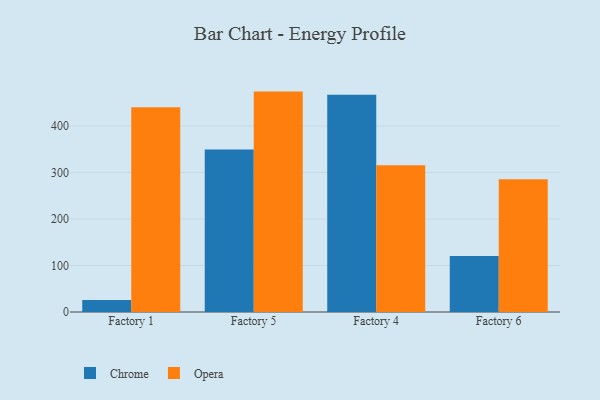
{"axis": {"x": "Factory", "y": "Population (Million)"}, "legend": ["Chrome", "Opera"], "data": [{"x": "Factory 1", "y": 26.0, "type": "Chrome"}, {"x": "Factory 1", "y": 440.1, "type": "Opera"}, {"x": "Factory 5", "y": 349.7, "type": "Chrome"}, {"x": "Factory 5", "y": 474.0, "type": "Opera"}, {"x": "Factory 4", "y": 467.0, "type": "Chrome"}, {"x": "Factory 4", "y": 315.7, "type": "Opera"}, {"x": "Factory 6", "y": 120.7, "type": "Chrome"}, {"x": "Factory 6", "y": 285.3, "type": "Opera"}]}